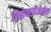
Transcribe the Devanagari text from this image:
लिप्रोक्स्यीजेनेस